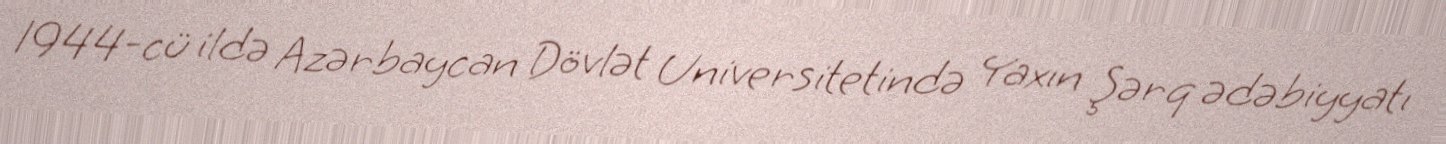
1944-cü ildə Azərbaycan Dövlət Universitetində Yaxın Şərq ədəbiyyatı